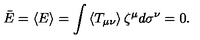
\bar { E } = \left\langle E \right\rangle = \int \left\langle T _ { \mu \nu } \right\rangle \zeta ^ { \mu } d \sigma ^ { \nu } = 0 .